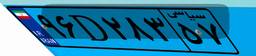
۱۳D۷۵۴۸۰